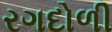
રગદોળી